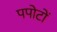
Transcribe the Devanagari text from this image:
पपोटों